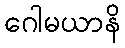
ဂေါမယာနိ